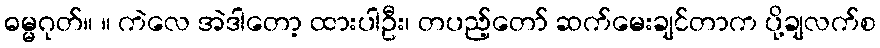
ဓမ္မဂုတ်။ ။ ကဲလေ အဲဒါတော့ ထားပါဦး၊ တပည့်တော် ဆက်မေးချင်တာက ပို့ချလက်စ